Triennial report on the lunatic asylums in the province of Eastern Bengal and Assam - 1903-1911
Year: 1903
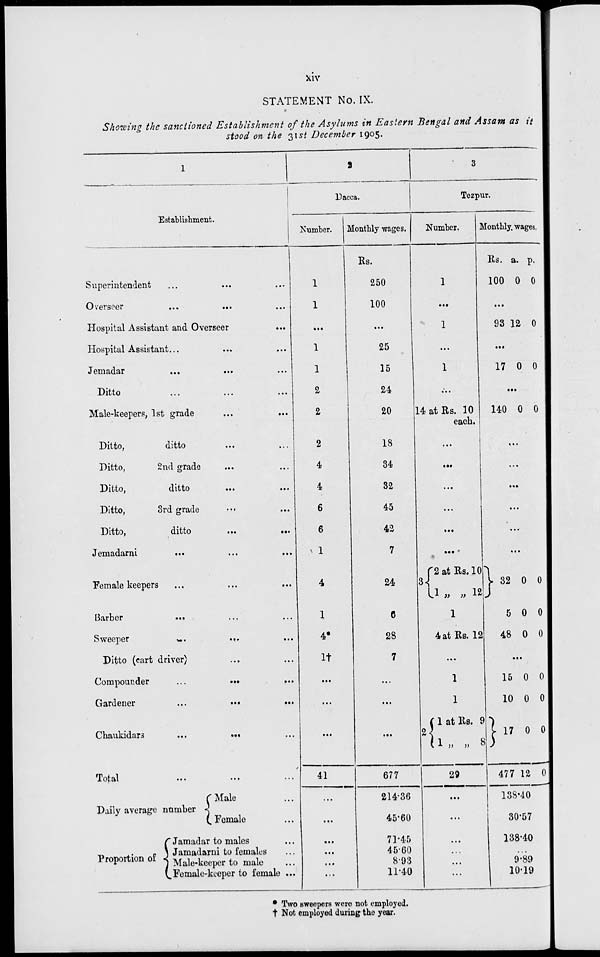
xiv
STATEMENT No. IX.
Showing the sanctioned Establishment of the Asylums in Eastern Bengal and Assam as it
stood on the 31st December 1905.
1
Establishment.
Superintendent ... ... ...
Overseer ... ... ...
Hospital Assistant and Overseer
...
Hospital Assistant... ... ...
Jemadar ... ... ...
Ditto ... ... ...
Male-keepers, 1st grade ... ...
Ditto,
ditto ... ...
Ditto,
2nd grade ... ...
Ditto,
ditto ... ...
Ditto,
3rd grade ... ...
Ditto,
ditto
...
...
Jemadarni ... ... ...
Female keepers ... ... ...
Barber
... ... ...
Sweeper
...
... ...
Ditto (cart driver) ... ...
Compounder
...
...
...
Gardener
...
...
...
Chaukidars ... ... ...
Total ... ... ...
Daily average number
Proportion of
Male ...
Female ...
Jamadar to males ...
Jamadarni to females ...
Male-keeper to male ...
Female-keeper to female ...
2
Dacca.
Number.
1
1
...
1
1
2
2
2
4
4
6
6
1
4
1
4*
1†
...
...
...
41
...
...
...
...
...
...
Monthly wages.
Rs.
250
100
...
25
15
24
20
18
34
32
45
42
7
24
6
28
7
...
...
...
677
214.36
45.60
71.45
45.60
8.93
11.40
3
Tezpur.
Number.
1
...
1
...
1
...
14 at Rs. 10
each.
...
...
...
...
...
...
3
2 at Rs. 10
1 „ „ 12
1
4 at Rs. 12
...
1
1
2
1 at Rs. 9
1 „ „ 8
29
...
...
...
...
...
...
Monthly wages.
Rs.
100
a.
0
p.
0
...
93 12 0
...
17 0 0
...
140 0 0
...
...
...
...
...
...
32
5
48
0
0
0
0
0
0
...
15
10
17
477
0
0
0
12
0
0
0
0
138.40
30.57
138.40
...
9.89
10.19
* Two sweepers were not employed.
† Not employed during the year.